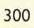
300